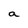
Character: a